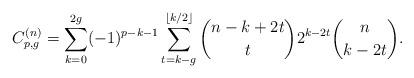
LaTeX: \begin{align*}C_{p,g}^{(n)}&= \sum_{k=0}^{2g} (-1)^{p-k-1} \sum_{t=k-g}^{\lfloor k/2\rfloor} \binom{n-k+2t}{t}2^{k-2t} \binom{n}{k-2t}.\end{align*}